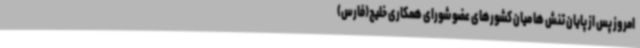
امروز پس از پایان تنش ها میان کشورهای عضو شورای همکاری خلیج(فارس)